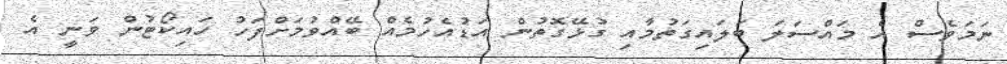
ނަމަވެސް އެ މައްސަލަ ބަލައިގަތުމާއި ގުޅޭގޮތުން އަޑުއެހުމެއް ބޭއްވުމަށްފަހު ހައިކޯޓުން ވަނީ އެ